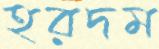
হরদম